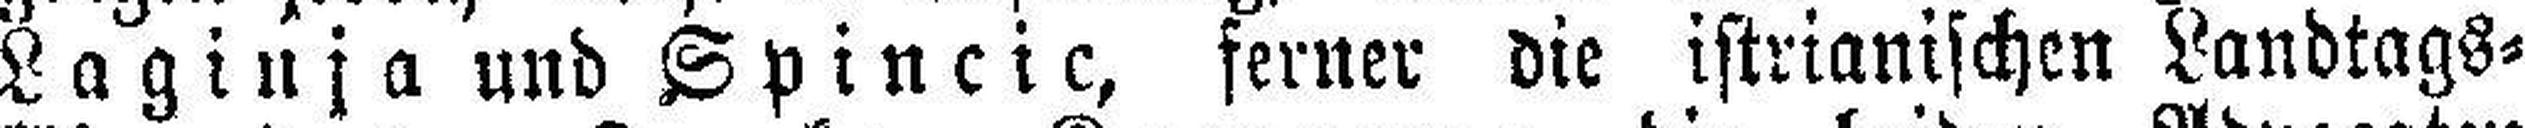
Lagiuja und Spincic, ferner die istrianischen Landtags¬